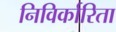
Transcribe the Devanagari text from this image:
निविर्कारिता